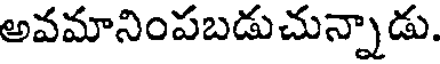
అవమానింపబడుచున్నాడు.